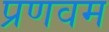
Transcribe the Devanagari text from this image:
प्रणवम